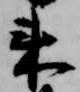
来